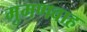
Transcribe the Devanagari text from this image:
मुमणवाह